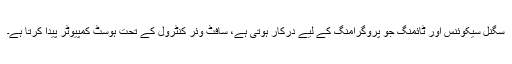
سگنل سیکوئنس اور ٹائمنگ جو پروگرامنگ کے لیے درکار ہوتی ہے، سافٹ وئر کنٹرول کے تحت ہوسٹ کمپیوٹر پیدا کرتا ہے۔